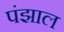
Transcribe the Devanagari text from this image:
पंझाल